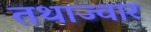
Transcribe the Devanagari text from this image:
तथाज्वार